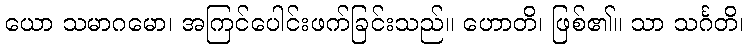
ယော သမာဂမော၊ အကြင်ပေါင်းဖက်ခြင်းသည်။ ဟောတိ၊ ဖြစ်၏။ သာ သင်္ဂတိ၊